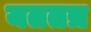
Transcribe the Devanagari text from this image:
यततत्र